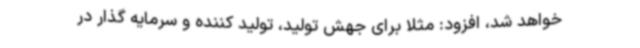
خواهد شد، افزود: مثلا برای جهش تولید، تولید کننده و سرمایه گذار در